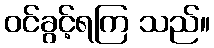
ဝင်ခွင့်ရကြ သည်။